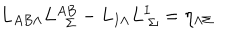
L _ { A B \Lambda } L _ { \ \ \Sigma } ^ { A B } - L _ { I \Lambda } L _ { \ \Sigma } ^ { I } = \eta _ { \Lambda \Sigma }